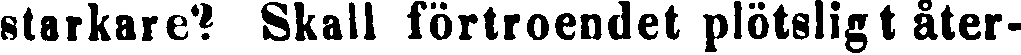
starkare? Skall förtroendet plötsligt åter-